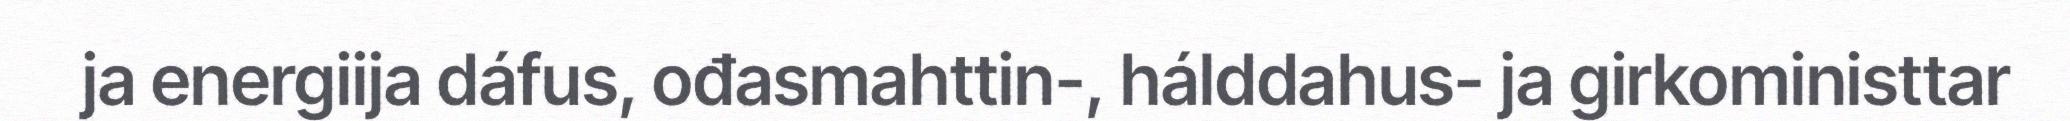
ja energiija dáfus, ođasmahttin-, hálddahus- ja girkoministtar